Report on vaccination in Madras 1895-1903 - 1895-1903
Year: 1895
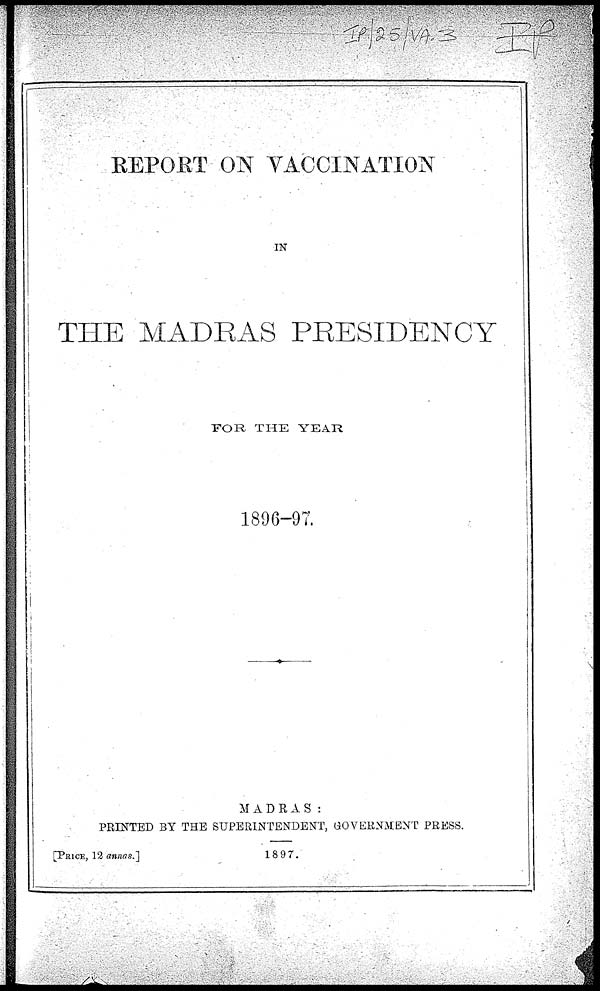
REPORT ON VACCINATION
IN
THE MADRAS PRESIDENCY
FOR THE YEAR
1896-97.
MADRAS:
PRINTED BY THE SUPERINTENDENT, GOVERNMENT PRESS.
[PRICE, 12 annas.]
1897.